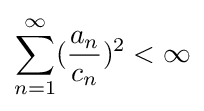
\sum _{n=1}^{\infty }({\frac {a_{n}}{c_{n}}})^{2}<\infty